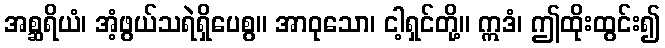
အစ္ဆရိယံ၊ အံ့ဖွယ်သရဲရှိပေစွ။ အာဝုသော၊ ငါ့ရှင်တို့။ ဣဒံ၊ ဤထိုးထွင်း၍